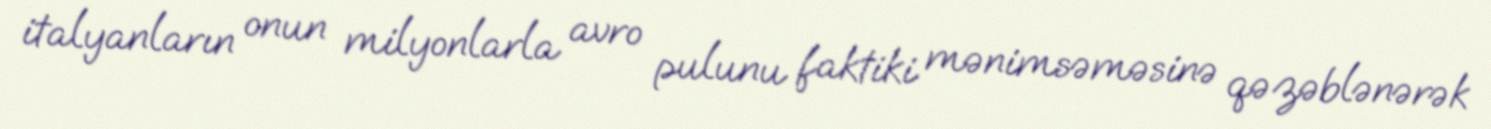
italyanların onun milyonlarla avro pulunu faktiki mənimsəməsinə qəzəblənərək